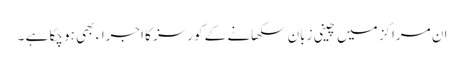
ان مراکز میں چینی زبان سکھانے کے کورسز کا اجراء بھی ہو چکا ہے ۔